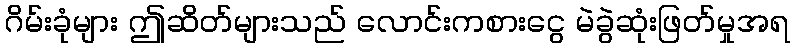
ဂိမ်းခုံများ ဤဆိတ်များသည် လောင်းကစားငွေ မဲခွဲဆုံးဖြတ်မှုအရ